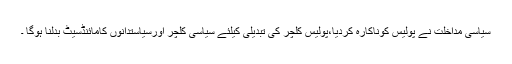
سیاسی مداخلت نے پولیس کوناکارہ کردیا،پولیس کلچر کی تبدیلی کیلئے سیاسی کلچر اورسیاستدانوں کامائنڈسیٹ بدلنا ہوگا ۔